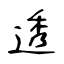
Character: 透